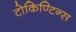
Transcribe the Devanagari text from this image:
टोकिण्टिन्स